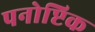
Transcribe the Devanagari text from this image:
पनोप्टिक